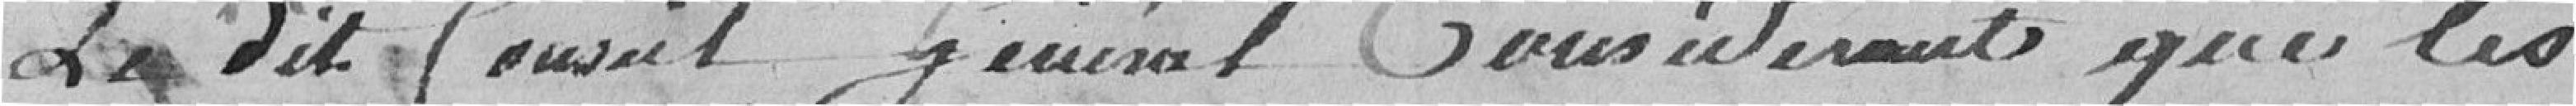
Le dit Conseil Général Considérant que les